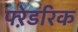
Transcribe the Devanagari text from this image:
फ्ऱेडरिक